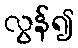
လွန်၍